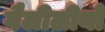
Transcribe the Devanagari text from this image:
गैलीलीयो